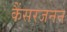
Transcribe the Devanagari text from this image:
कैंसरजनन